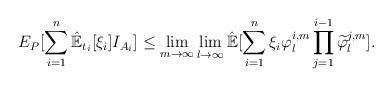
LaTeX: \begin{align*}E_P[\sum_{i=1}^n\hat{\mathbb{E}}_{t_i}[\xi_i]I_{A_i}] \leq\lim_{m\rightarrow\infty}\lim_{l\rightarrow\infty} \hat{\mathbb{E}}[\sum_{i=1}^{n}\xi_i{\varphi^{i,m}_{l}}\prod_{j=1}^{i-1}{\widetilde{\varphi}^{j,m}_l}].\end{align*}